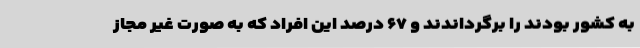
به کشور بودند را برگرداندند و ۶۷ درصد این افراد که به صورت غیر مجاز